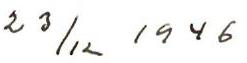
23/12 1946